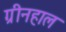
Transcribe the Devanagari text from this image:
ग्रीनहाल